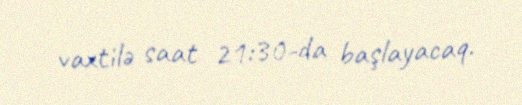
vaxtilə saat 21:30-da başlayacaq.